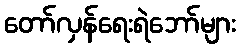
တော်လှန်ရေးရဲဘော်များ